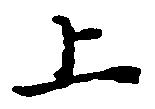
上